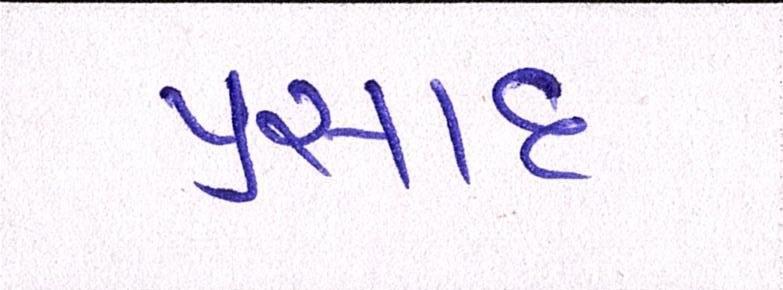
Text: પ્રસાદ